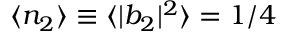
\langle n _ { 2 } \rangle \equiv \langle | b _ { 2 } | ^ { 2 } \rangle = 1 / 4